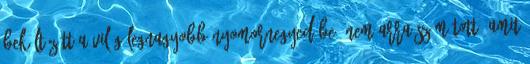
Beköltözött a világ legnagyobb nyomornegyedébe: nem arra számított, amit